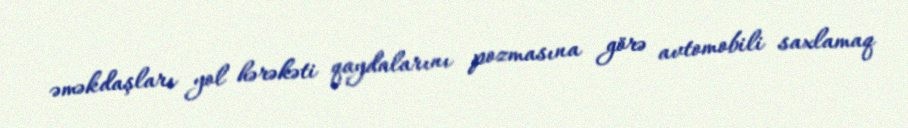
əməkdaşları yol hərəkəti qaydalarını pozmasına görə avtomobili saxlamaq